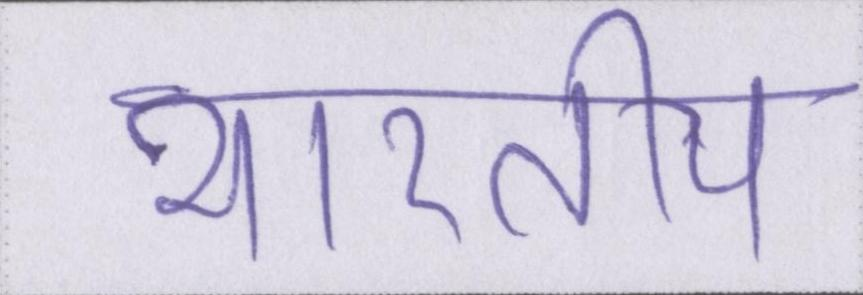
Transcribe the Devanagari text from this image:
भारतीय